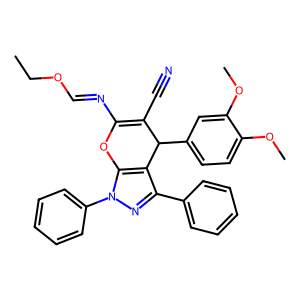
SMILES: CCOC=NC1=C(C#N)C(c2ccc(OC)c(OC)c2)c2c(-c3ccccc3)nn(-c3ccccc3)c2O1
Inhibits HIV replication: No